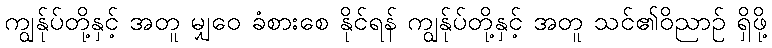
ကျွန်ုပ်တို့နှင့် အတူ မျှဝေ ခံစားစေ နိုင်ရန် ကျွန်ုပ်တို့နှင့် အတူ သင်၏ဝိညာဉ် ရှိဖို့